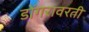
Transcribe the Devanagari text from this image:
डोंगरावरती